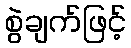
စွဲချက်ဖြင့်